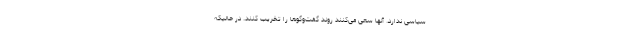
سیاسی ندارد. آنها سعی می‌کنند روند گفت‌وگوها را تخریب کنند. در حالیکه